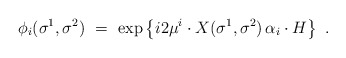
\begin{align*}\phi_i(\sigma^1,\sigma^2)\ =\ \exp \left\{ i2\mu^i\cdot X(\sigma^1,\sigma^2)\, \alpha_i\cdot H \right\}\ .\end{align*}